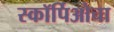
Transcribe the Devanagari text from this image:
स्कॉर्पिओचा